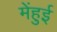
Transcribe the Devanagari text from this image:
मेंहुई